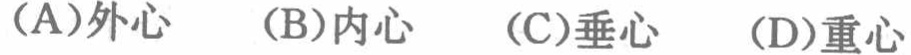
(A)外心  (B)内心  (C)垂心  (D)重心